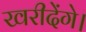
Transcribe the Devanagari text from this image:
खरीदेंगे।